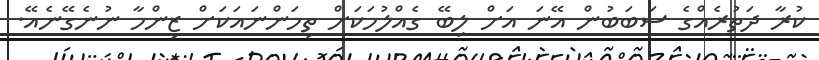
ކުރާ ދަތުރެއްގެ ސަބަބުން އޭނަ އަށް ލިބޭ ގެއްލުމަކަށް ތިމަންނައަކަށް ޒިންމާ ނުނެގޭނެއޭ.